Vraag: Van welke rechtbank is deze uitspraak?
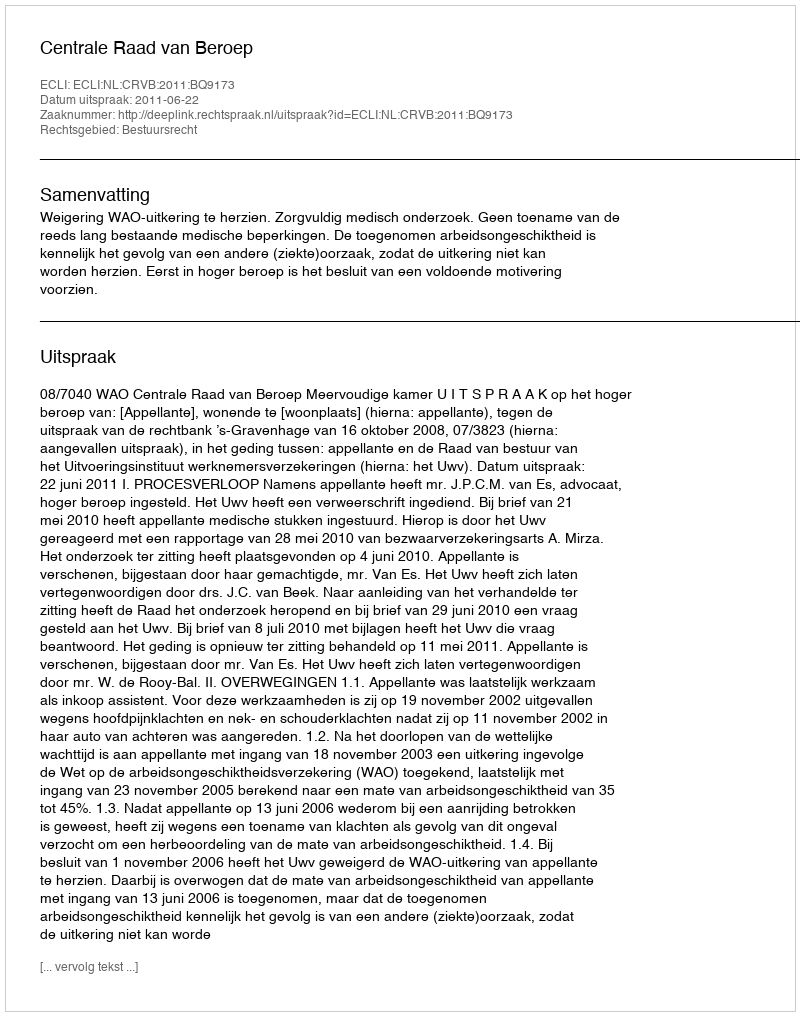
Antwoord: Centrale Raad van Beroep